Senior Leaving Certificate Examination (including Day School Certificate (Higher) General paper), 1947
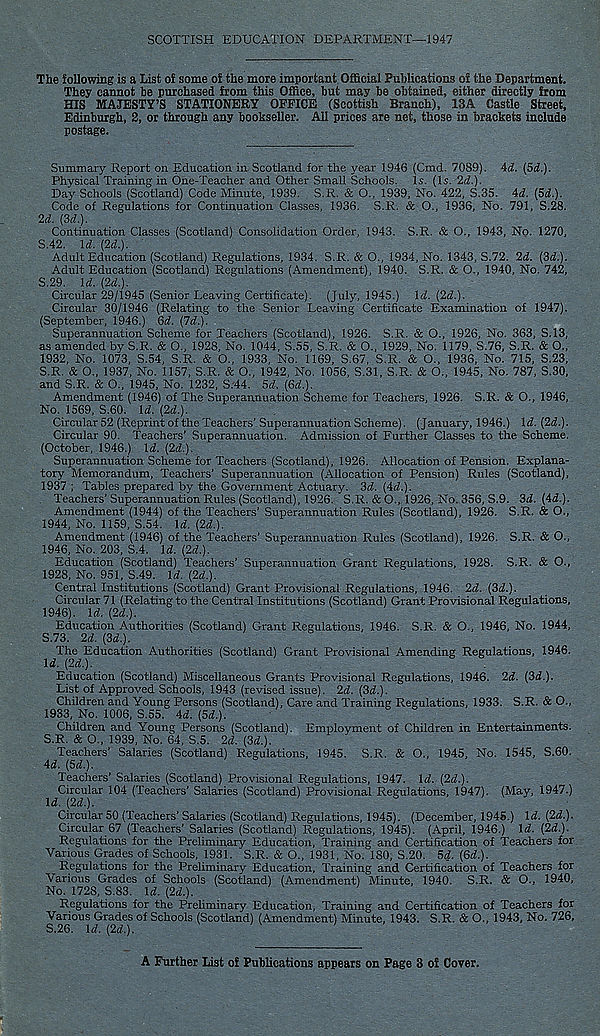
SCOTTISH EDUCATION DEPARTMENT—1947
The following is a List of some of the more important Official Publications or the Department.
They cannot be purchased from this Office, but may be obtained, either directly from
HIS MAJESTY’S STATIONERY OFFICE (Scottish Branch), ISA Castle Street,
Edinburgh, 2, or through any bookseller. All prices are net, those in brackets include
postage.
Summary Report on Education in. Scotland for the year 1946 (Cmd. 7089). id. (5d.).
Physical Training in One-Teacher and Other Small Schools. Is. (Is. 2d.).
Day Schools (Scotland) Code Minute, 1939. S.R. & 0„ 1939, No. 422, S.35. id. (5d.).
Code of Regulations for Continuation Classes, 1936. S.R. & O., 1936, No. 791, S.28.
2d. {3d.).
Continuation Classes (Scotland) Consolidation Order, 1943. S.R. & O., 1943, No. 1270,
S.42. Id. (2d.).
Adult Education (Scotland) Regulations, 1934. S.R. & O., 1934, No. 1343, S.72. 2d. {3d.).
Adult Education (Scotland) Regulations (Amendment), 1940. S.R. & O., 1940, No. 742,
S.29. \d. (2d.).
Circular 29/1945 (Senior Leaving Certificate). (July, 1945.) \d. (2d.).
Circular 30/1946 (Relating to the Senior Leaving Certificate Examination of 1947).
(September, 1946.) (id. (Id.).
Superannuation Scheme for Teachers (Scotland), 1926. S.R. & O., 1926, No. 363, S.13,
as amended by S.R. & O., 1928, No. 1044, S.55, S.R. & O., 1929, No. 1179, S.76, S.R. & O.,
1932, No. 1073, S.54, S.R. & O., 1933, No. 1169, S.67, S.R. & O., 1936, No. 715, S.23,
S.R. & O., 1937, No. 1157, S.R. & O., 1942, No. 1056, S.31, S.R. & O., 1945, No. 787, S.30,
and S.R. & 0., 1945, No. 1232, S/44. Sd. (Gd.).
Amendment (1946) of The Superannuation Scheme for Teachers, 1926. S.R. & O., 1946,
No. 1569, S.60. \d. (2d.).
Circular 52 (Reprint of the Teachers’ Superannuation Scheme). (January, 1946.) Id. (2d.).
Circular 90. Teachers' Superannuation. Admission of Further Classes to the Scheme.
(October, 1946.) Id. (2d.).
Superannuation Scheme for Teachers (Scotland), 1926. Allocation of Pension. Explana-
tory Memorandum, Teachers’ Superannuation (Allocation of Pension) Rules (Scotland),
1937 ; Tables prepared by the Government Actuary. 3d. (id.).
Teachers’Superannuation Rules (Scotland), 1926. S.R. & O., 1926, No. 356, S.9. 3d. (id.).
Amendment (1944) of the Teachers’ Superannuation Rules (Scotland), 1926. S.R. & O.,
1944, No. 1159, S.54. Id. (2d.).
Amendment (1946) of .the Teachers’ Superannuation Rules (Scotland), 1926. S.R. & O.,
1946, No. 203, S.4. Id. (2d.).
Education (Scotland) Teachers’ Superannuation Grant Regulations, 1928. S.R. & O.,
1928, No. 951, S.49. Id. (2d.).
Central Institutions (Scotland) Grant Provisional Regulations, 1946. 2d. (3d.).
Circular 71 (Relating to the Central Institutions (Scotland) Grant Provisional Regulations,
1946). Id. (2d.).
Education Authorities (Scotland) Grant Regulations, 1946. S.R. & O., 1946, No. 1944,
S.73. 2d. (3d.).
The Education Authorities (Scotland) Grant Provisional Amending Regulations, 1946.
Id. (2d.).
Education (Scotland) Miscellaneous Grants Provisional Regulations, 1946. 2d. (3d.).
List of Approved Schools, 1943 (revised issue). 2d. (3d.).
Children and Young Persons (Scotland), Care and Training Regulations, 1933. S.R. & O.,
1933, No. 1006, S.55. 4d. (5d.).
Children and Young Persons (Scotland). Employment of Children in Entertainments.
S.R. & O., 1939, No. 64, S.5. 2d. (3d.).
Teachers’ Salaries (Scotland) Regulations, 1945. S.R. & O., 1945, No. 1545, S.60.
4d. (5d.).
Teachers’ Salaries (Scotland) Provisional Regulations, 1947. Id. (2d.).
Circular 104 (Teachers’ Salaries (Scotland) Provisional Regulations, 1947). (May, 1947.)
Id. (2d.).
Circular 50 (Teachers’ Salaries (Scotland) Regulations, 1945). (December, 1945.) Id. (2d.).
Circular 67 (Teachers’ Salaries (Scotland) Regulations, 1945). (April, 1946.) Id. (2d.).
Regulations for the Preliminary Education, Training and Certification of Teachers for
Various Grades of Schools, 1931. S.R. & O., 1931, No. ISO, S.20. 5d. (6d.).
Regulations for the Preliminary Education, Training and Certification of Teachers for
Various Grades of Schools (Scotland) (Amendment) Minute, 1940. S.R. & O., 1940,
No. 1728, S.83. Id. (2d.).
Regulations for the Preliminary Education, Training and Certification of Teachers for
Various Grades of Schools (Scotland) (Amendment) Minute, 1943. S.R. & O., 1943, No. 726,
S.26. Id. (2d.).
A Further List of Publications appears on Page 3 oi Cover.